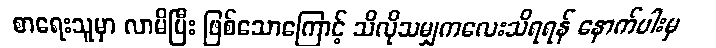
စာရေးသူမှာ လာမိပြီး ဖြစ်သောကြောင့် သိလိုသမျှကလေးသိရရန် နောက်ပါးမှ